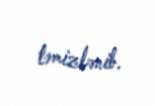
təmizlənib.